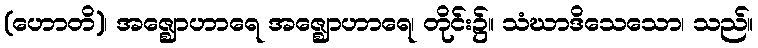
(ဟောတိ)၊ အဇ္ဈောဟာရေ အဇ္ဈောဟာရေ၊ တိုင်း၌။ သံဃာဒိသေသော၊ သည်။